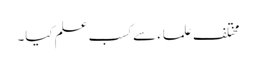
مختلف علماء سے کسب علم کیا۔